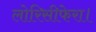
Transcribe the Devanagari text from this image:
लोरिसीफेरा।